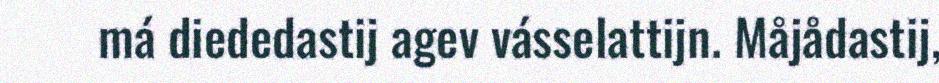
má diededastij agev vásselattijn. Måjådastij,